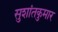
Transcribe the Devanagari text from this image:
सुशांतकुमार